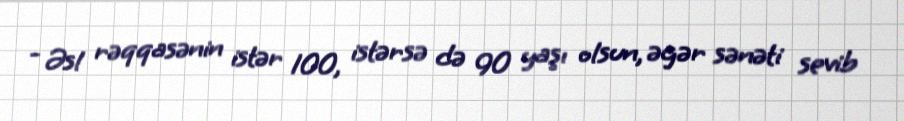
- Əsl rəqqasənin istər 100, istərsə də 90 yaşı olsun, əgər sənəti sevib